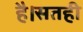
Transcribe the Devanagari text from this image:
है।सतही